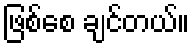
ဖြစ်စေ ချင်တယ်။